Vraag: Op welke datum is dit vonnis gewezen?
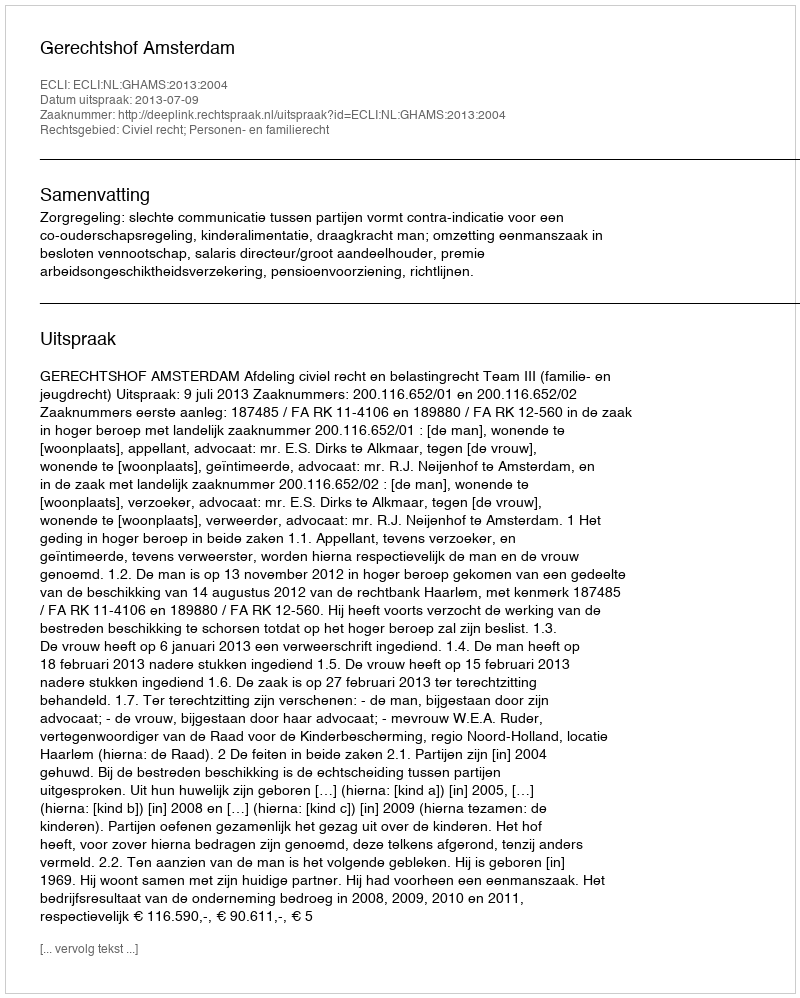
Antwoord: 2013-07-09